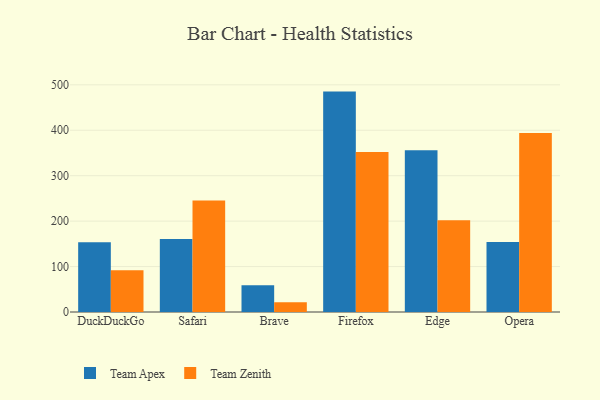
{"axis": {"x": "Browser", "y": "Energy Usage (MWh)"}, "legend": ["Team Apex", "Team Zenith"], "data": [{"x": "DuckDuckGo", "y": 153.7, "type": "Team Apex"}, {"x": "DuckDuckGo", "y": 91.7, "type": "Team Zenith"}, {"x": "Safari", "y": 160.4, "type": "Team Apex"}, {"x": "Safari", "y": 245.3, "type": "Team Zenith"}, {"x": "Brave", "y": 58.7, "type": "Team Apex"}, {"x": "Brave", "y": 21.7, "type": "Team Zenith"}, {"x": "Firefox", "y": 485.1, "type": "Team Apex"}, {"x": "Firefox", "y": 352.4, "type": "Team Zenith"}, {"x": "Edge", "y": 355.8, "type": "Team Apex"}, {"x": "Edge", "y": 201.7, "type": "Team Zenith"}, {"x": "Opera", "y": 153.8, "type": "Team Apex"}, {"x": "Opera", "y": 393.8, "type": "Team Zenith"}]}